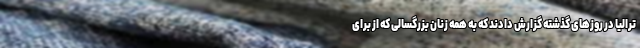
ترالیا در روزهای گذشته گزارش دادند که به همه زنان بزرگسالی که از برای